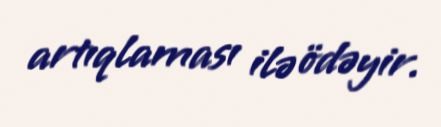
artıqlaması ilə ödəyir.